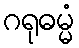
ဂရုဓမ္မံ